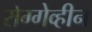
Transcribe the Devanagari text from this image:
रोग्गेव्हीन